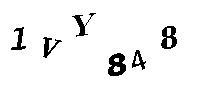
1VY848